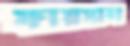
ফায়সাল